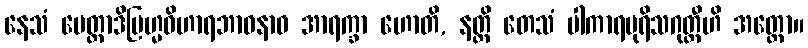
နေသံ မေတ္တာဒိဗြဟ္မဝိဟာရဘာဝနာဝ အာရက္ခာ ဟောတိ, နတ္ထိ တေသံ ပါကာရပုရိသဂုတ္တီဟိ အတ္ထော။